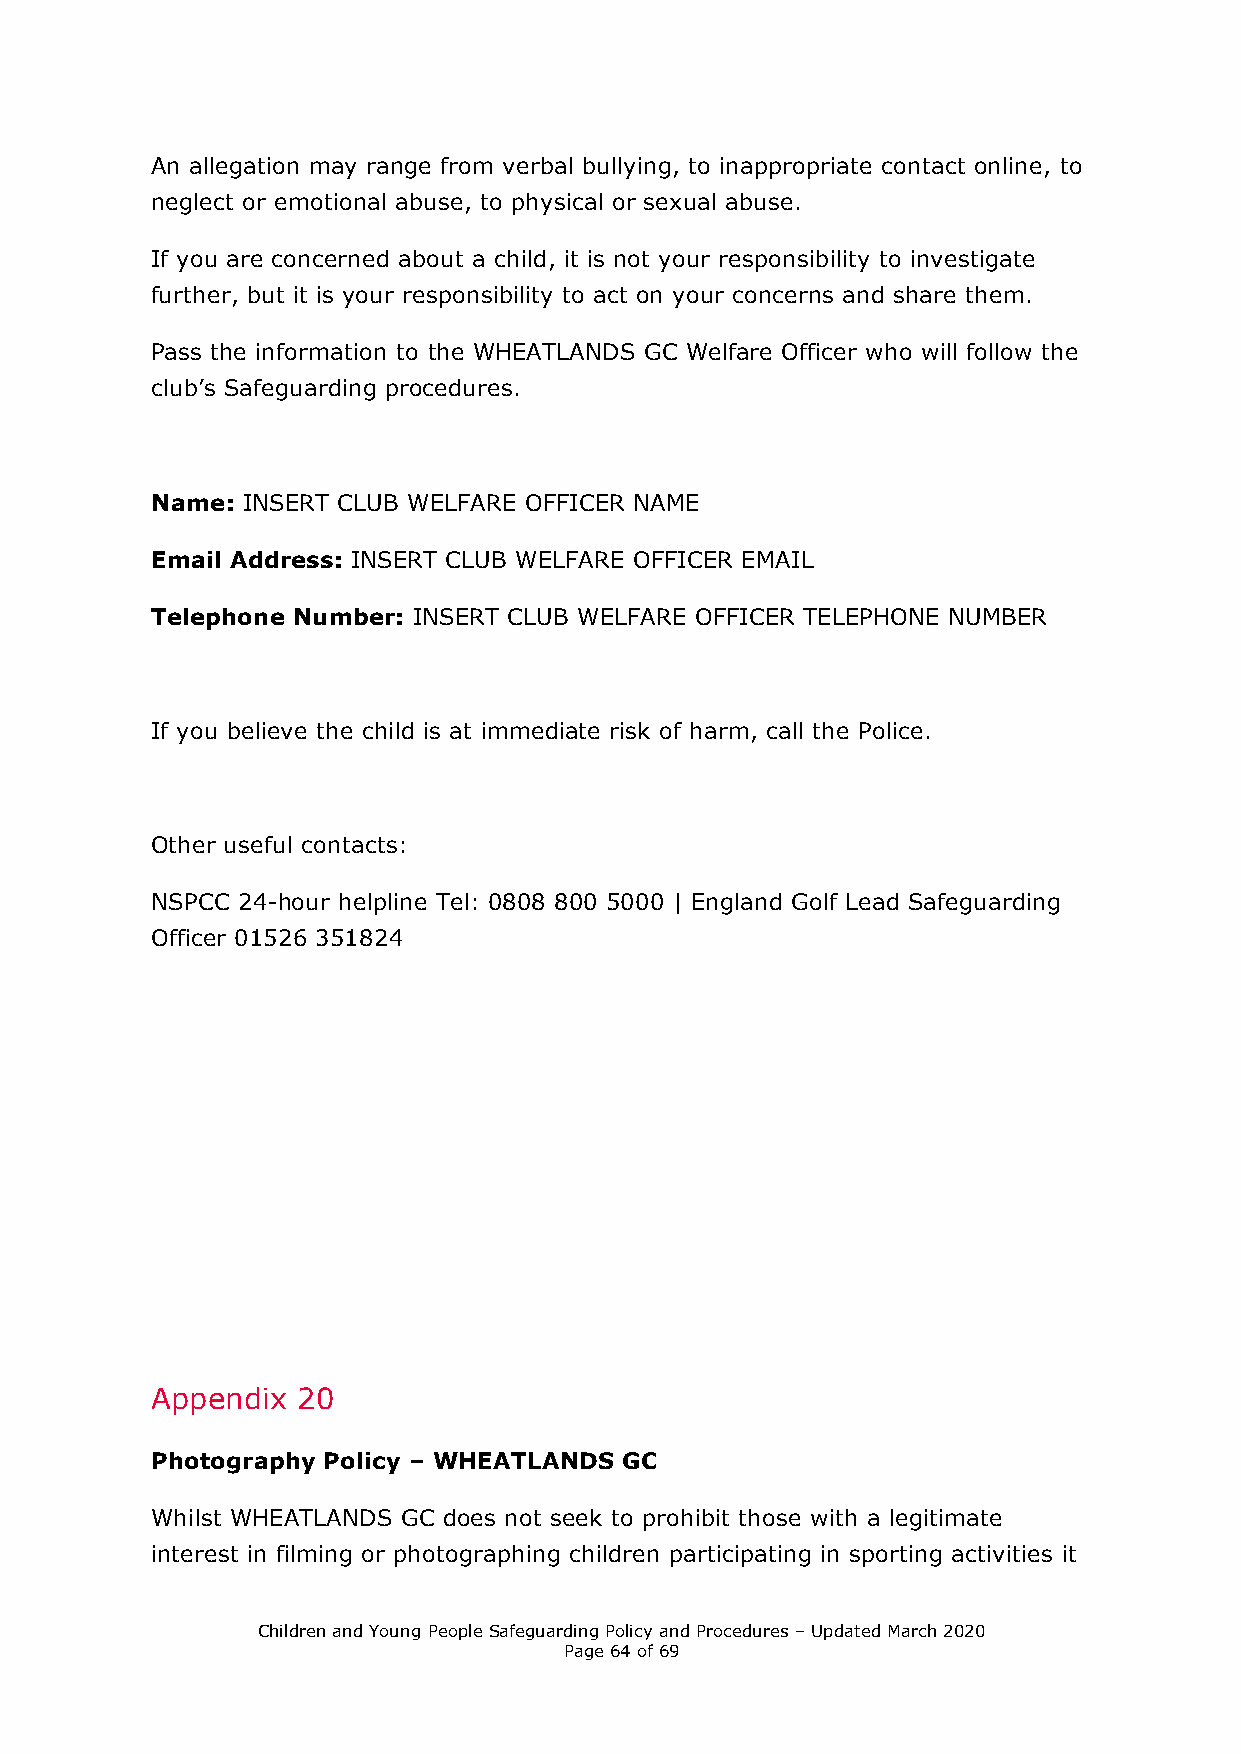
An allegation may range from verbal bullying, to inappropriate contact online, to
 neglect or emotional abuse, to physical or sexual abuse.
 If you are concerned about a child, it is not your responsibility to investigate
 further, but it is your responsibility to act on your concerns and share them.
 Pass the information to the WHEATLANDS GC Welfare Officer who will follow the
 club’s Safeguarding procedures.
 Name: INSERT CLUB WELFARE OFFICER NAME
 Email Address: INSERT CLUB WELFARE OFFICER EMAIL
 Telephone Number: INSERT CLUB WELFARE OFFICER TELEPHONE NUMBER
 If you believe the child is at immediate risk of harm, call the Police.
 Other useful contacts:
 NSPCC 24-hour helpline Tel: 0808 800 5000 | England Golf Lead Safeguarding
 Officer 01526 351824
 Appendix  20
 Photography Policy – WHEATLANDS GC
 Whilst WHEATLANDS GC does not seek to prohibit those with a legitimate
 interest in filming or photographing children participating in sporting activities it
 Children and Young People Safeguarding Policy and Procedures – Updated March 2020
 Page 64 of 69